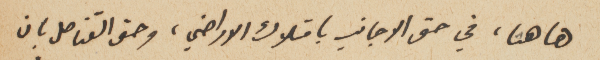
هاهنا، في حق الاجانب بامتلاك الاراضي، وحق القناصل بان